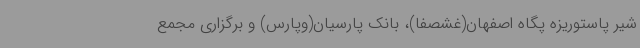
شیر پاستوریزه پگاه اصفهان(غشصفا)، بانک پارسیان(وپارس) و برگزاری مجمع